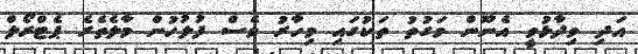
އަދި ވިދާޅުވީ އެނޫން ވަގުތު ތަކުގައި މިހާރު ވެސް ފުލުހުން މާލެތެރެ ޕެޓްރޯލް